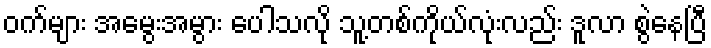
ဝက်များ အမွေးအမွား ပေါသလို သူ့တစ်ကိုယ်လုံးလည်း ဒူလာ စွဲနေပြီ